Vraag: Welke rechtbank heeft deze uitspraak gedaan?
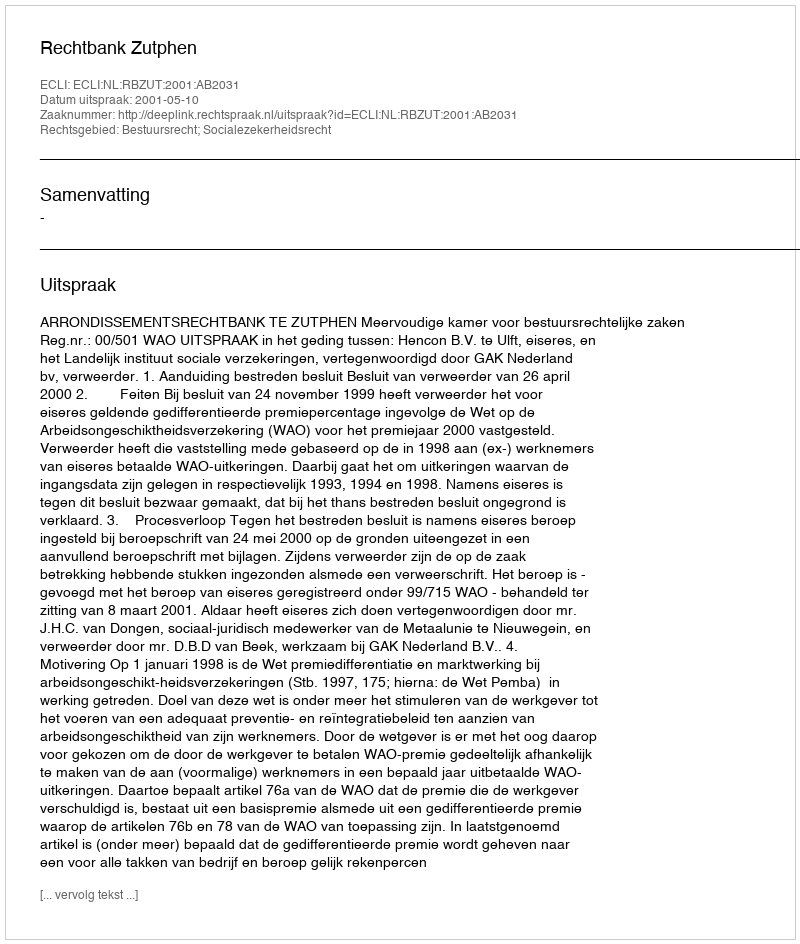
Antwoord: Rechtbank Zutphen